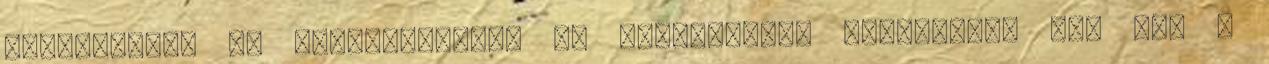
levéltárban is megtalálható, és egetrengető kérdéseket vet fel a